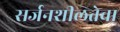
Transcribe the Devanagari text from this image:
सर्जनशीलतेचा